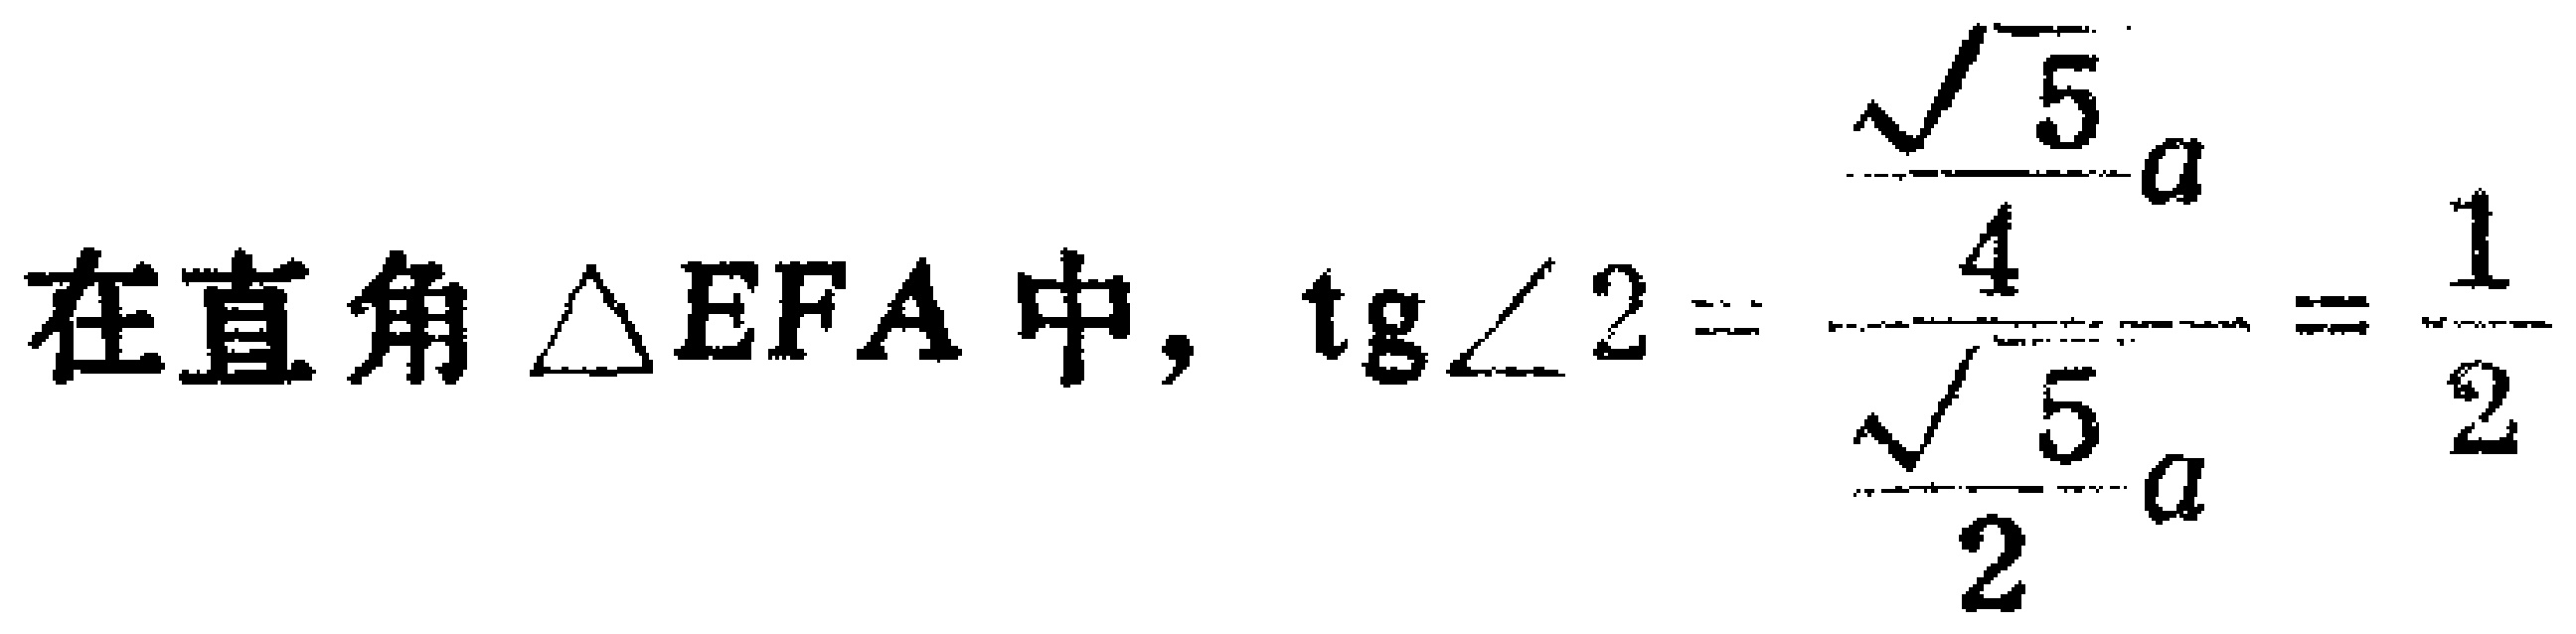
在直角$\triangle EFA$中, $\mathrm{tg}\angle 2 = \frac{\frac{\sqrt{5}}{4}a}{\frac{\sqrt{5}}{2}a}=\frac{1}{2}$